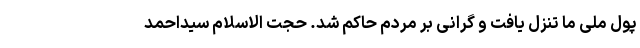
پول ملی ما تنزل یافت و گرانی بر مردم حاکم شد. حجت الاسلام سیداحمد